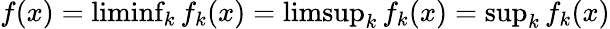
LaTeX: \textstyle f(x)=\operatorname*{liminf}_{k}f_{k}(x)=\operatorname*{limsup}_{k}f_{k}(x)=\operatorname*{sup}_{k}f_{k}(x)